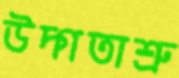
উদ্গতাশ্রু